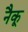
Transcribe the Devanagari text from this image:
नैकू